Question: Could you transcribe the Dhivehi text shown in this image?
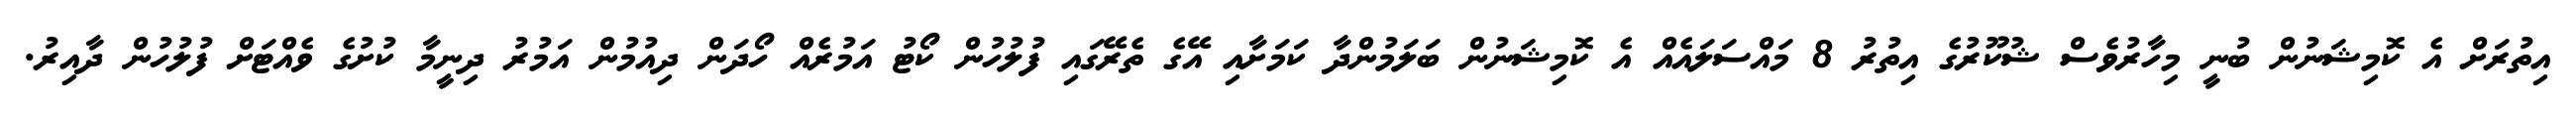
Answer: އިތުރަށް އެ ކޮމިޝަނުން ބުނީ މިހާރުވެސް ޝުކޫރުގެ އިތުރު 8 މައްސަލައެއް އެ ކޮމިޝަނުން ބަލަމުންދާ ކަމަށާއި އޭގެ ތެރޭގައި ފުލުހުން ކޯޓު އަމުރެއް ހޯދަން ދިއުމުން އަމުރު ދިނީމާ ކުށުގެ ވެއްޓަށް ފުލުހުން ދާއިރު.